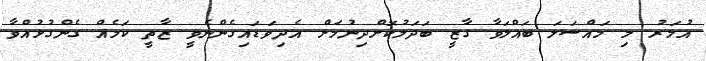
އުމަރު މި މައްސަލަ ބައްލަވާ ގާޒީ ބަދަލުކޮށްދިނުމަށް އެދިވަޑައިގެންނެވީ ޒާތީ ކަމެއް ގެންގުޅުއްވާ